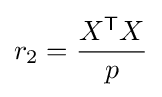
r_{2}={\frac {X^{\mathsf {T}}X}{p}}